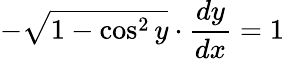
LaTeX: -{\sqrt{1-\cos^{2}y}}\cdot{\frac{dy}{dx}}=1